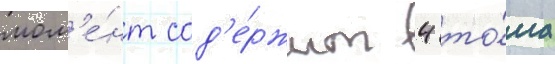
мом'е́нт сод'е́ржит 4 то́ма